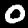
Label: 0